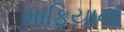
માફિયાના